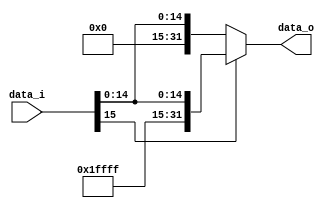
//Subject:     CO project 4 - Sign extend
//--------------------------------------------------------------------------------
//Version:     1
//--------------------------------------------------------------------------------
//Writer:
//----------------------------------------------
//Date:
//----------------------------------------------
//Description:
//--------------------------------------------------------------------------------

module Sign_Extend(
      data_i,
      data_o
    );

//I/O ports
input   [16-1:0] data_i;
output  [32-1:0] data_o;

//Internal Signals
wire    [32-1:0] data_o;

//Sign extended
assign data_o = (data_i[15] ? {16'hFFFF, data_i} : {16'h0000, data_i});

endmodule